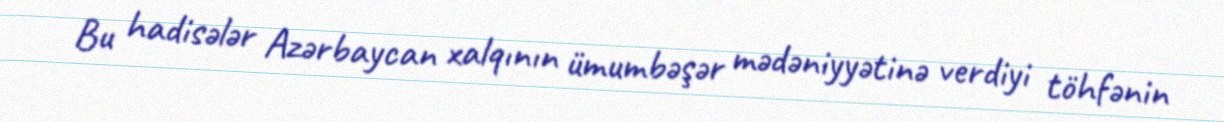
Bu hadisələr Azərbaycan xalqının ümumbəşər mədəniyyətinə verdiyi töhfənin